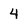
Character: 4